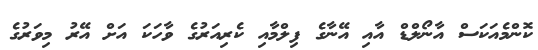
ކޮންމެއަކަސް އާނޯލްޑް އާއި އޭނާގެ ފިލްމާއި ކެރިއަރުގެ ވާހަކަ އަށް އޭރު މިވަރުގެ